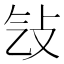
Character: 㪂